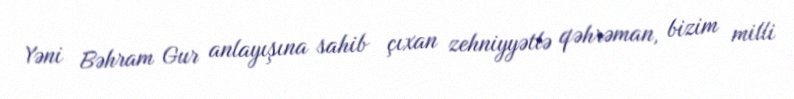
Yəni Bəhram Gur anlayışına sahib çıxan zehniyyətlə qəhrəman, bizim milli